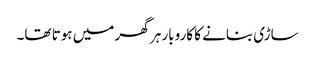
ساڑی بنانے کا کاروبار ہر گھر میں ہوتا تھا۔